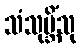
သံသုမ္ဘိံသု